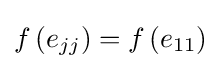
f\left(e_{jj}\right)=f\left(e_{11}\right)